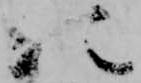
次